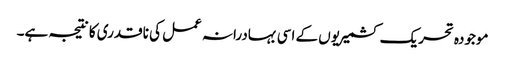
موجودہ تحریک کشمیریوں کے اسی بہادرانہ عمل کی ناقدری کا نتیجہ ہے۔